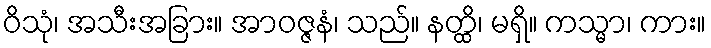
ဝိသုံ၊ အသီးအခြား။ အာဝဇ္ဇနံ၊ သည်။ နတ္ထိ၊ မရှိ။ ကသ္မာ၊ ကား။